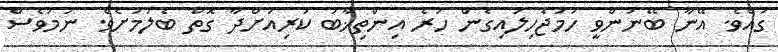
ގައެވެ. އޭނާ ބޭނުންވީ ހަމަޖެހިލައިގެން ހުރެ އިންތިޚާބު ކުރިއަށްދާ ގޮތް ބެލުމަށެވެ. ނަމަވެސް